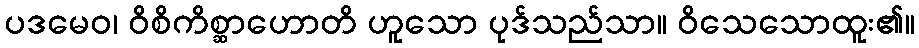
ပဒမေဝ၊ ဝိစိကိစ္ဆာဟောတိ ဟူသော ပုဒ်သည်သာ။ ဝိသေသောထူး၏။